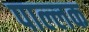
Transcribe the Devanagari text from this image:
पाल्लक